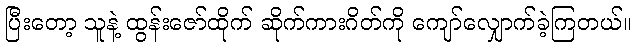
ပြီးတော့ သူနဲ့ ထွန်းဇော်ထိုက် ဆိုက်ကားဂိတ်ကို ကျော်လျှောက်ခဲ့ကြတယ်။